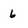
Character: 6